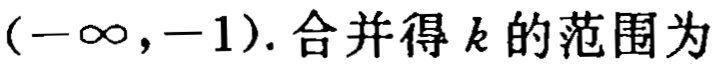
\((-\infty,-1). 合并得k的范围为\)